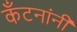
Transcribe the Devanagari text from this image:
कँटनांनी